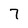
Character: 7